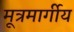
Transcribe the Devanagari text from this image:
मूत्रमार्गीय